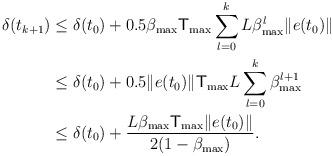
LaTeX: \begin{align*}\delta(t_{k+1})&\leq\delta(t_{0})+0.5\beta_{\max}\mathsf{T}_{\max}\sum^{k}_{l=0}L\beta^{l}_{\max}\|e(t_{0})\| \\&\leq\delta(t_{0})+0.5\|e(t_{0})\|\mathsf{T}_{\max}L\sum^{k}_{l=0}\beta^{l+1}_{\max} \\&\leq\delta(t_{0})+\frac{L\beta_{\max}\mathsf{T}_{\max}\|e(t_{0})\|}{2(1-\beta_{\max})}.\end{align*}